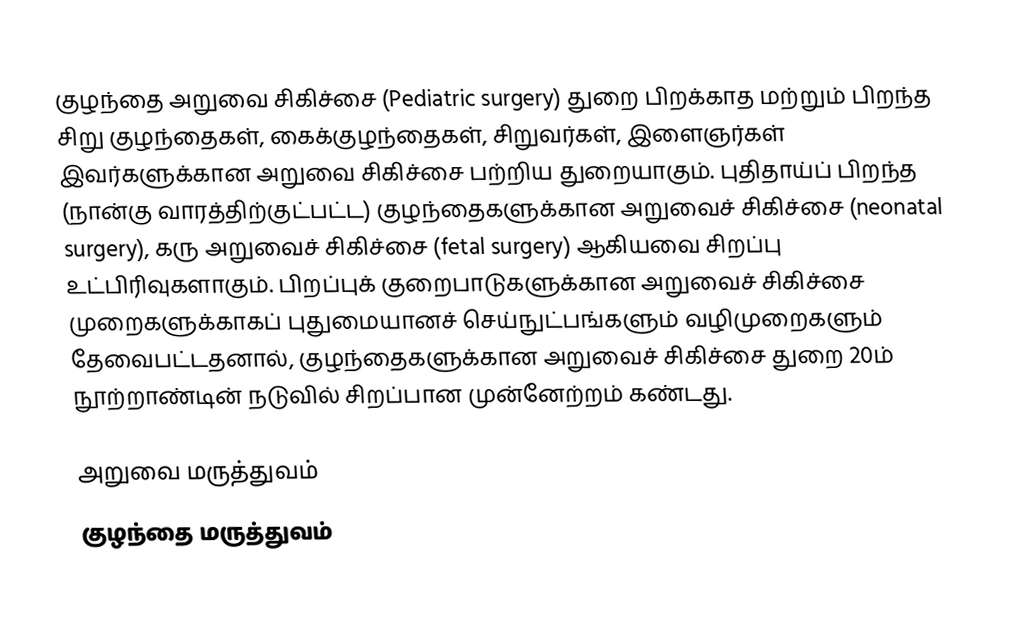
குழந்தை அறுவை சிகிச்சை (Pediatric surgery) துறை பிறக்காத மற்றும் பிறந்த சிறு குழந்தைகள், கைக்குழந்தைகள், சிறுவர்கள், இளைஞர்கள் இவர்களுக்கான அறுவை சிகிச்சை பற்றிய துறையாகும். புதிதாய்ப் பிறந்த (நான்கு வாரத்திற்குட்பட்ட) குழந்தைகளுக்கான அறுவைச் சிகிச்சை (neonatal surgery), கரு அறுவைச் சிகிச்சை (fetal surgery) ஆகியவை சிறப்பு உட்பிரிவுகளாகும். பிறப்புக் குறைபாடுகளுக்கான அறுவைச் சிகிச்சை முறைகளுக்காகப் புதுமையானச் செய்நுட்பங்களும் வழிமுறைகளும் தேவைபட்டதனால், குழந்தைகளுக்கான அறுவைச் சிகிச்சை துறை 20ம் நூற்றாண்டின் நடுவில் சிறப்பான முன்னேற்றம் கண்டது.

அறுவை மருத்துவம்
குழந்தை மருத்துவம்